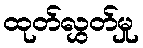
ထုတ်လွှတ်မှု